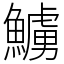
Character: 䲐